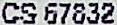
CS 67832